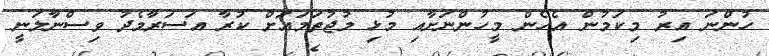
ހުންނަ އިރު މިކަމުން އެހެން މީހުންނަށާއި މުޅި މުޖުތަމަޢަށް ކުރާ އަސަރާމެދު ވިސްނާލަނީ